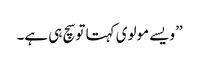
’’ویسے مولوی کہتا توسچ ہی ہے۔